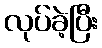
လုပ်ခဲ့ပြီး